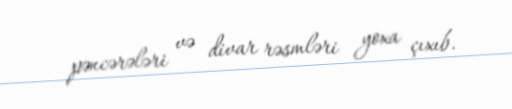
pəncərələri və divar rəsmləri yoxa çıxıb.